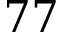
7 7